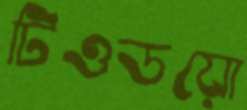
টিওডয়ো